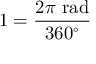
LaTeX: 1 = { \frac { 2 \pi { \mathrm { ~ r a d } } } { 3 6 0 ^ { \circ } } }